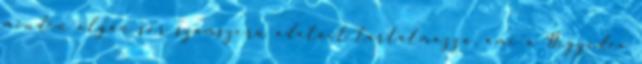
minden olyan sor számszerű adatait tartalmazza, ami a Negyedév